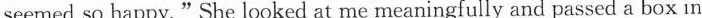
seemed so happy."She looked at me meaningfully and passed a box in